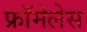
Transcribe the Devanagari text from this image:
फ्रॉमेलेस